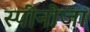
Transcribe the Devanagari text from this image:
स्पीनोजा